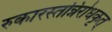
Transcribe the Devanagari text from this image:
रुकारस्तन्निरोधकृत्